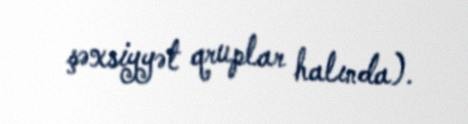
şəxsiyyət qruplar halında).